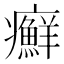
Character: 癬